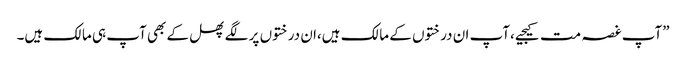
”آپ غصہ مت کیجیے،آپ ان درختوں کے مالک ہیں،ان درختوں پر لگے پھل کے بھی آپ ہی مالک ہیں۔